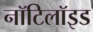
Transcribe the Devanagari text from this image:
नॉटिलॉइड